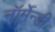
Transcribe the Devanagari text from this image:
नॉर्मेन्डी